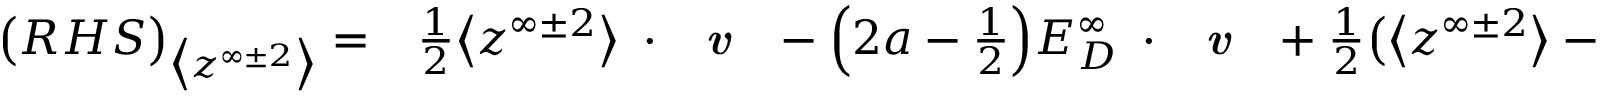
\begin{array} { r l } { \big ( R H S \big ) _ { \big < z ^ { \infty \pm 2 } \big > } = } & { { } \frac { 1 } { 2 } \big < z ^ { \infty \pm 2 } \big > \mathbf { \nabla } \cdot \textbf { \emph { v } } - \Big ( 2 a - \frac { 1 } { 2 } \Big ) E _ { D } ^ { \infty } \mathbf { \nabla } \cdot \textbf { \emph { v } } + \frac { 1 } { 2 } \big ( \big < z ^ { \infty \pm 2 } \big > - E _ { D } ^ { \infty } \big ) \big < z ^ { \infty \pm 2 } \big > ^ { \frac { 1 } { 2 } } \frac { 1 } { \rho } \textbf { \emph { \^ n } } \cdot \mathbf { \nabla } \rho } \end{array}